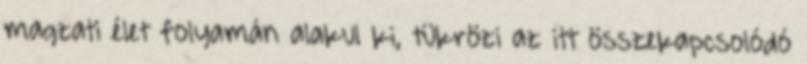
magzati élet folyamán alakul ki, tükrözi az itt összekapcsolódó